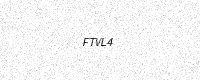
Text: FTVL4